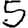
Digit: 5